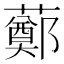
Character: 𧀿